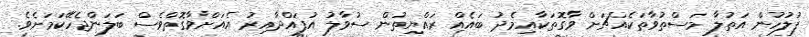
ފުލުހުން އަތުލާ މަސްތުވާތަކެއްޗަށް ވާގޮތަކާއިމެދު ބައެއް ރައްޔިތުން ސުވާލު އުފައްދާއިރު އެއަށްވާގޮތްވެސް ބަލަންޖެހޭކަމަށެވެ.